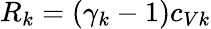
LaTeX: R_{k}=(\gamma_{k}-1)c_{Vk}